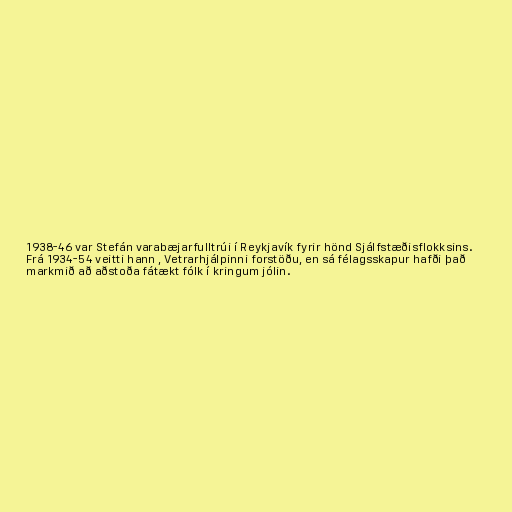
1938-46 var Stefán varabæjarfulltrúi í Reykjavík fyrir hönd Sjálfstæðisflokksins.
Frá 1934-54 veitti hann , Vetrarhjálpinni forstöðu, en sá félagsskapur hafði það
markmið að aðstoða fátækt fólk í kringum jólin.